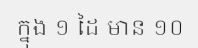
ក្នុង ១ ដៃ មាន ១០